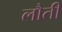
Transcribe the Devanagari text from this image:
लौती